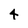
Character: 4